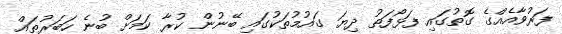
ފަރުވާއެއްގެ ގޮތުގައި ފަޅޯފަތު ދިޔަ ގައުމުތަކުގައި ބޭނުން ކުރާ ކަމަށް ބުނެ ހަބަރުތައް